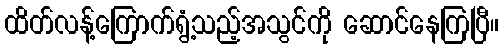
ထိတ်လန့်ကြောက်ရွံ့သည့်အသွင်ကို ဆောင်နေကြပြီ။